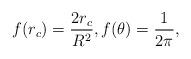
LaTeX: \begin{align*}f(r_c)=\frac{2r_c}{R^2},f({\theta})=\frac{1}{2\pi},\end{align*}